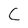
Character: C